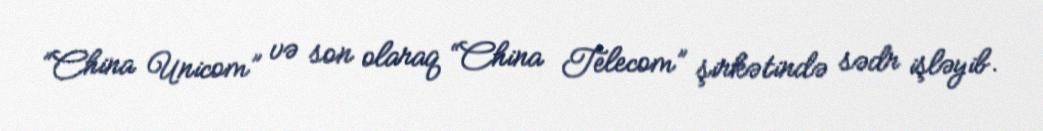
“China Unicom” və son olaraq “China Telecom” şirkətində sədr işləyib.